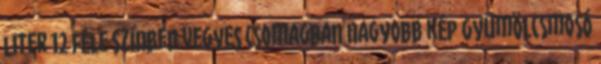
liter 12 féle színben vegyes csomagban Nagyobb kép Gyümölcsmosó